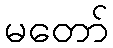
မတော်